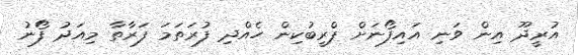
އުރީދޫ އިން ވަނި އައިފޯނަށް ޕްރީބުކިން ހެއްދި ފުރަތަމަ ފަރާތާ މިއަދު ފޯނު